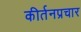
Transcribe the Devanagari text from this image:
कीर्तनप्रचार